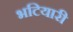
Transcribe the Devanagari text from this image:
भटियारी